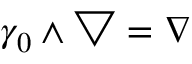
\gamma _ { 0 } \wedge \bigtriangledown = \nabla